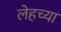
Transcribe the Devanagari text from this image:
लेहच्या